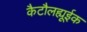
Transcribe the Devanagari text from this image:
कैटौलह्यूईक